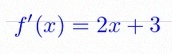
f'(x)=2x+3